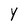
Character: Y